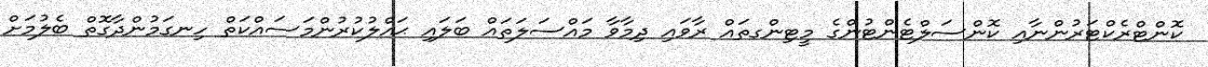
ކޮންޓްރެކްޓަރުންނާއި ކޮންސަލްޓެންޓުންގެ މީޓިންގތައް ރާވައި ދިމާވާ މައްސަލަތައް ބަލައި ޙައްލުކުރުންމަސައްކަތް ހިނގަމުންދާގޮތް ބެލުމަށް